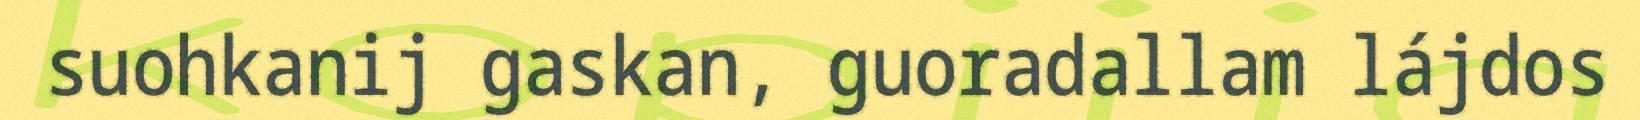
suohkanij gaskan, guoradallam lájdos